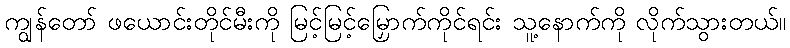
ကျွန်တော် ဖယောင်းတိုင်မီးကို မြင့်မြင့်မြှောက်ကိုင်ရင်း သူ့နောက်ကို လိုက်သွားတယ်။